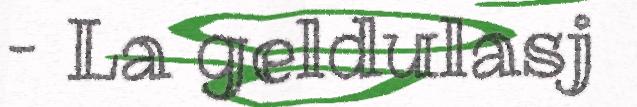
– La geldulasj